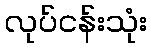
လုပ်ငန်းသုံး